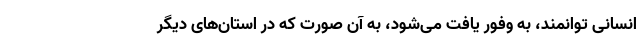
انسانی توانمند، به وفور یافت می‌شود، به آن صورت که در استان‌های دیگر